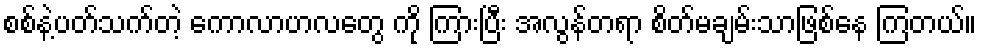
စစ်နဲ့ပတ်သက်တဲ့ ကောလာဟလတွေ ကို ကြားပြီး အလွန်တရာ စိတ်မချမ်းသာဖြစ်နေ ကြတယ်။